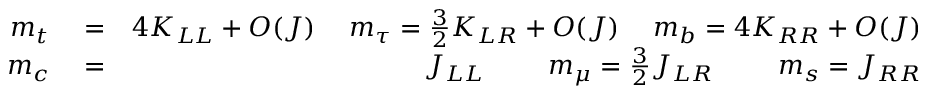
\begin{array} { r l r } { m _ { t } } & { { } = } & { 4 K _ { L L } + O ( J ) \, \; \; \; \; m _ { \tau } = \frac { 3 } { 2 } K _ { L R } + O ( J ) \, \; \; \; \; m _ { b } = 4 K _ { R R } + O ( J ) } \\ { m _ { c } } & { { } = } & { J _ { L L } \, \; \; \; \; \; \; \; \; m _ { \mu } = \frac { 3 } { 2 } J _ { L R } \, \; \; \; \; \; \; \; \; m _ { s } = J _ { R R } } \end{array}